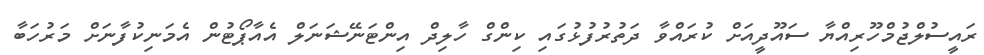
ރައީސުލްޖުމްހޫރިއްޔާ ސައޫދީއަށް ކުރައްވާ ދަތުރުފުޅުގައި ކިންގް ހާލިދް އިންޓަނޭޝަނަލް އެއާޕޯޓުން އެމަނިކުފާނަށް މަރުހަބާ